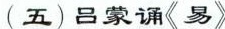
（五）吕蒙诵《易》